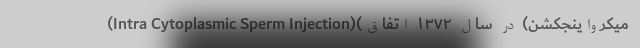
(Intra Cytoplasmic Sperm Injection)(میکرواینجکشن) در سال ۱۳۷۲ اتفاق